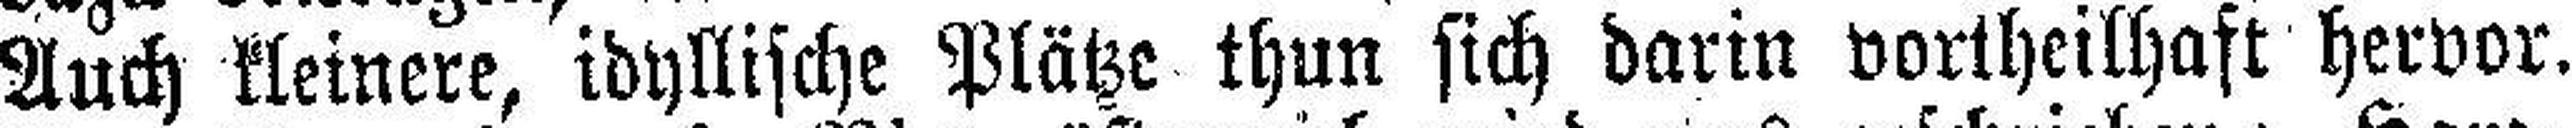
Auch kleinere, idyllische Plätze thun sich darin vortheilhaft hervor.